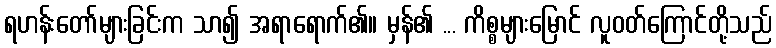
ရဟန်းတော်များခြင်းက သာ၍ အရာရောက်၏။ မှန်၏ ... ကိစ္စများမြောင် လူဝတ်ကြောင်တို့သည်